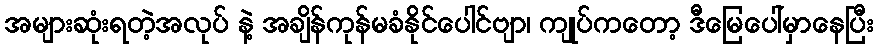
အများဆုံးရတဲ့အလုပ် နဲ့ အချိန်ကုန်မခံနိုင်ပေါင်ဗျာ၊ ကျုပ်ကတော့ ဒီမြေပေါ်မှာနေပြီး